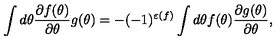
\int d \theta \frac { \partial f ( \theta ) } { \partial \theta } g ( \theta ) = - ( - 1 ) ^ { \varepsilon ( f ) } \int d \theta f ( \theta ) \frac { \partial g ( \theta ) } { \partial \theta } ,